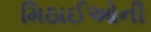
મિઠાઈઓની